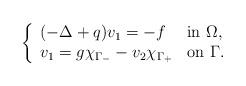
LaTeX: \begin{align*}\left\{\begin{array}{ll}(-\Delta +q)v_1=-f &\mbox{in}\ \Omega,\\v_1=g\chi_{\Gamma _-} - v_2\chi_{\Gamma _+}& \mbox{on}\ \Gamma.\end{array}\right.\end{align*}